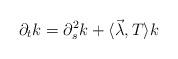
LaTeX: \begin{align*}\partial _{t}k=\partial_{s}^{2} k + \langle \vec\lambda, T \rangle k \end{align*}